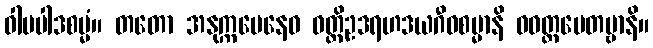
ဝါမပါဒစမ္မံ။ တတော အနုက္ကမေနေဝ ဝတ္ထိဥဒရဟဒယဂီဝစမ္မာနိ ဝဝတ္ထပေတဗ္ဗာနိ။